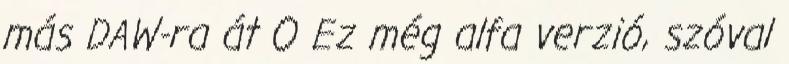
más DAW-ra át O Ez még alfa verzió, szóval